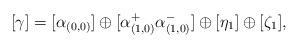
LaTeX: \begin{align*}[\gamma] = [\alpha_{(0,0)}] \oplus [\alpha_{(1,0)}^+\alpha_{(1,0)}^-] \oplus [\eta_1] \oplus [\zeta_1],\end{align*}